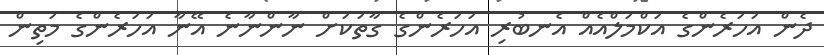
ދެން އަހަރެންގެ އަކްމަލްއެއް އެނބުރި އަހަރެންގެ ގާތަކަށް ނާންނާނެ އޭނާ އަހަރެންގެ މަތިން